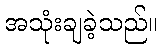
အသုံးချခဲ့သည်။